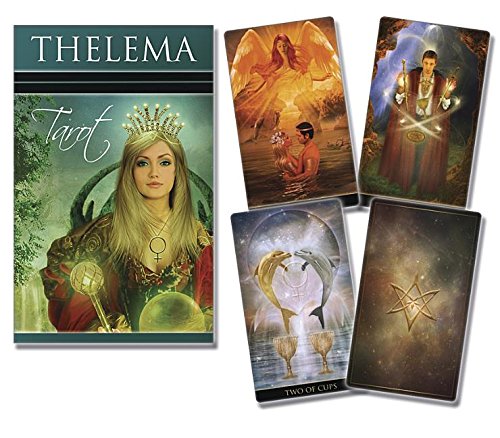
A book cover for Thelema Tarot; Lo Scarabeo; Religion & Spirituality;